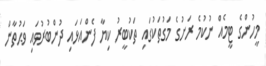
މީހުންގެ ޓީމެއް ނުކުމެ ރަށުގެ މަގުތަކުގައި ތަކުބީރު ކިޔާ ފެންއަޅައި ދުންބުރުވައި ވަޙުތާން